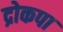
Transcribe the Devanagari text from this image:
द्रोकपा